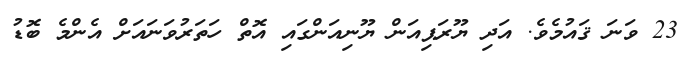
23 ވަނަ ޤައުމެވެ. އަދި ޔޫރަޕިއަން ޔޫނިއަންގައި އޮތް ހަތަރުވަނައަށް އެންމެ ބޮޑު